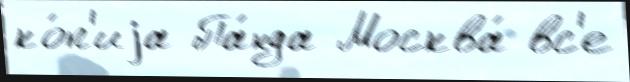
ко́п'иjа Па́нда Москва́ вс'е